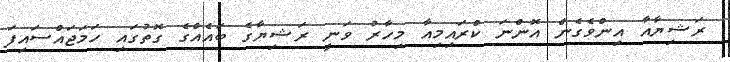
ރަޝިޔާއާ އިންވެގެން އޮޮންނަ ކްރަައިމިއާ މިހާރު ވަނީ ރަޝިޔާގެ ބައެއްގެ ގޮތުގައި ހަމަޖައްސައިފަ